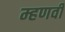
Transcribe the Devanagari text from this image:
म्हणवी